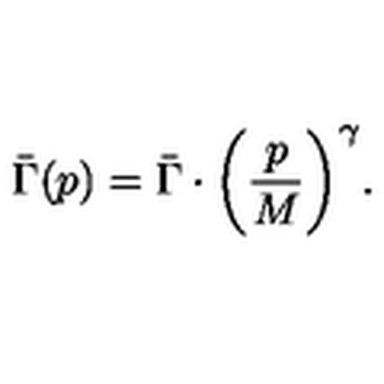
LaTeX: \bar { \Gamma } ( p ) = \bar { \Gamma } \cdot \biggl ( \frac { p } { M } \biggr ) ^ { \gamma } .